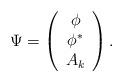
LaTeX: \begin{align*}\Psi = \left(\begin{array}{c} \phi \\ \phi^{\ast} \\ A_{k} \end{array} \right).\end{align*}